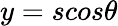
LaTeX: y=scos{\theta}